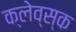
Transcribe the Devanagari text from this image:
क्लेव्स्क